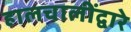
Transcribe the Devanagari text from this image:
हालचालींद्वारे